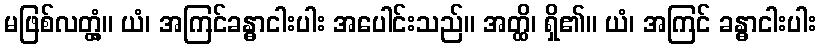
မဖြစ်လတ္တံ့။ ယံ၊ အကြင်ခန္ဓာငါးပါး အပေါင်းသည်။ အတ္ထိ၊ ရှိ၏။ ယံ၊ အကြင် ခန္ဓာငါးပါး